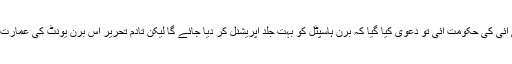
جب پی ٹی آئی کی حکومت آئی تو دعویٰ کیا گیا کہ برن ہاسپٹل کو بہت جلد آپریشنل کر دیا جائے گا لیکن تادم تحریر اس برن یونٹ کی عمارت مقفل ہے ۔